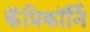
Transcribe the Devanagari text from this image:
कॅप्रिकॉर्नि